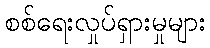
စစ်ရေးလှုပ်ရှားမှုများ